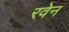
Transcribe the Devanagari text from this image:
रवेन